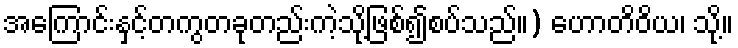
အကြောင်းနှင့်တကွတခုတည်းကဲ့သို့ဖြစ်၍စပ်သည်။) ဟောတိဝိယ၊ သို့။